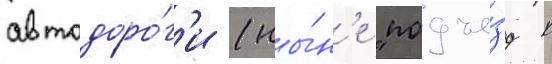
автодоро́г'и (ны́н'е "подъе́зд к